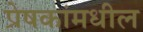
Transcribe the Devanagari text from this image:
प्रेषकांमधील